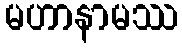
မဟာနာမဿ